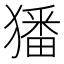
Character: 㺕